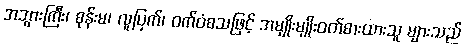
အဘွားကြီး၊ စုန်းမ၊ လူပြက်၊ ဝက်ဝံစသဖြင့် အမျိုးမျိုးဝတ်စားထားသူ များသည်